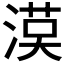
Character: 𱧻